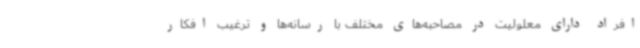
افراد دارای معلولیت در مصاحبه‌های مختلف با رسانه‌ها و ترغیب افکار